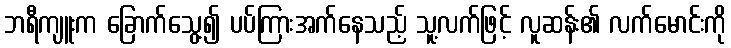
ဘရီကျူးက ခြောက်သွေ့၍ ပပ်ကြားအက်နေသည့် သူ့လက်ဖြင့် လူဆန်း၏ လက်မောင်းကို